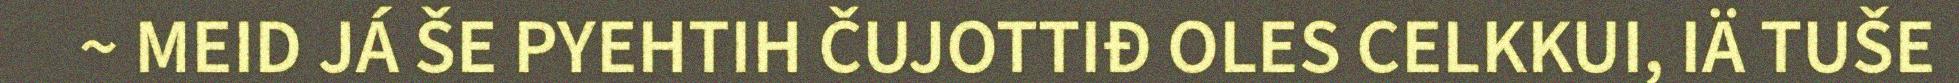
~ MEID JÁ ŠE PYEHTIH ČUJOTTIĐ OLES CELKKUI, IÄ TUŠE